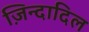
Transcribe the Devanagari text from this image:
ज़िन्दादिल